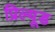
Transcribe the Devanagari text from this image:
प्रिल्यूड